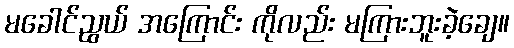
မခေါင်ညွယ် အကြောင်း ကိုလည်း မကြားဘူးခဲ့ချေ။